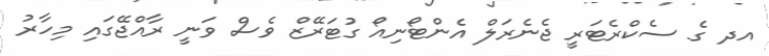
އދ ގެ ސެކްރެޓަރީ ޖެނެރަލް އެންޓޯނިއޯ ގުޓަރޭޒް ވެސް ވަނީ ރާއްޖޭގައި މިހާރު